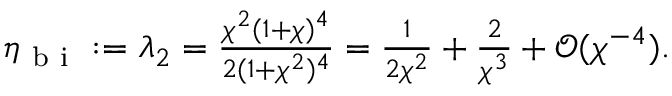
\textstyle \eta _ { \mathrm { ~ b ~ i ~ } } : = \lambda _ { 2 } = \frac { \chi ^ { 2 } ( 1 + \chi ) ^ { 4 } } { 2 ( 1 + \chi ^ { 2 } ) ^ { 4 } } = \frac { 1 } { 2 \chi ^ { 2 } } + \frac { 2 } { \chi ^ { 3 } } + \mathcal { O } ( \chi ^ { - 4 } ) .